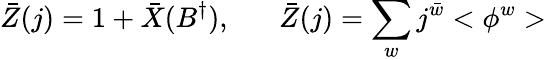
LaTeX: \bar{Z}(j)=1+\bar{X}(B^{\dagger}),\; \; \; \; \; \; \bar{Z}(j)=\sum_{w}j^{\bar{w}}<\phi^{w}>